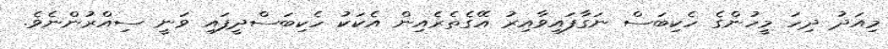
މިއަދު ދިހަ މީހުންގެ ހެކިބަސް ނަގާފައިވާއިރު އޭގެތެރެއިން އެކަކު ހެކިބަސްދީފައި ވަނީ ސިއްރުންނެވެ.